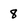
Character: 8